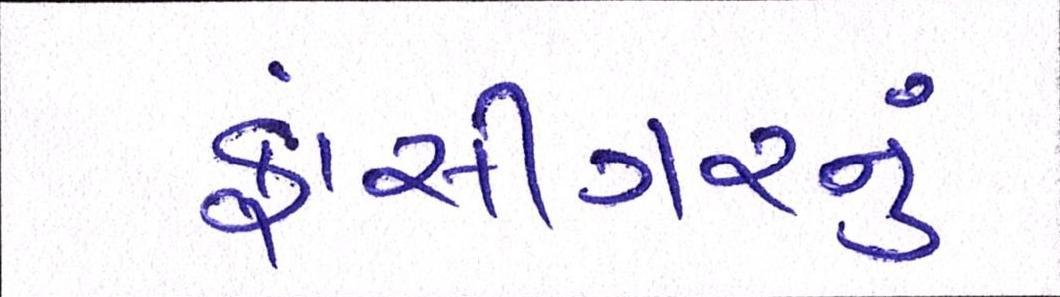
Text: ફાંસીગરનું